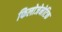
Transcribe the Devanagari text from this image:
फिलोजेनेटिक